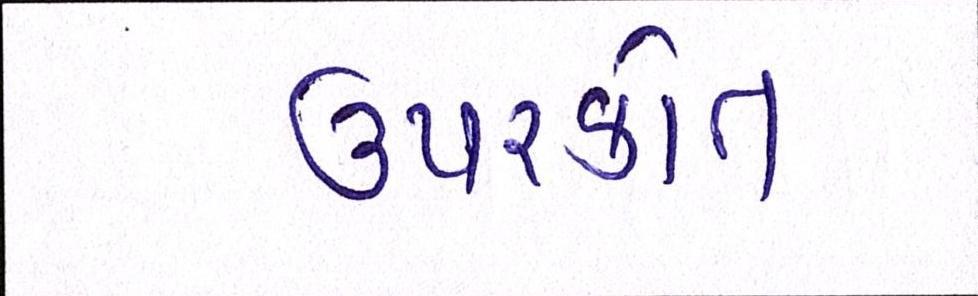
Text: ઉપરકોત